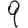
Digit: 9